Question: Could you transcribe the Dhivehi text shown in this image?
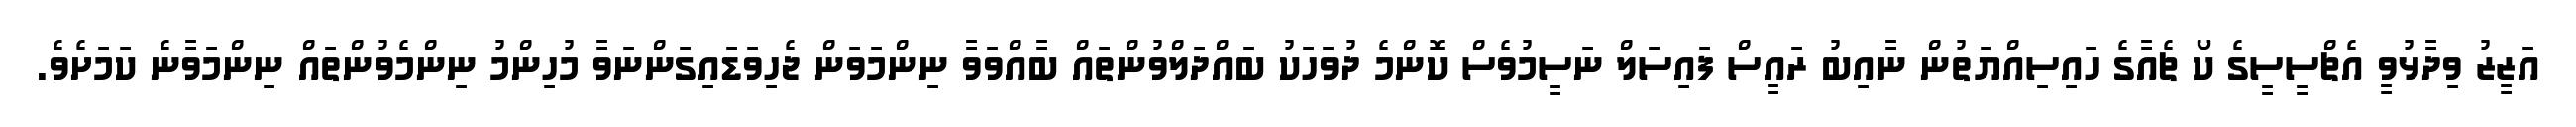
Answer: އަޒީޒު ވިދާޅުވީ އެޗްސީސީގެ ކޯ ޗެއާގެ ހައިސިއްޔަތުން ނާއިބު ރައީސް ފައިސަލް ނަސީމުވެސް ކޮންމެ ދުވަހަކު ބައްދަލްވުންތައް ބާއްވަވާ ނިންމަވަން ޖެހިވަޑައިގަންނަވާ މުހިންމު ނިންމެވުންތައް ނިންމަވާނެ ކަމަށެވެ.